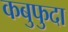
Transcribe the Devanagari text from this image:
कबुफुदा